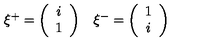
\begin{array} { c c } { \xi ^ { + } = \left( \begin{array} { c } { i } \\ { 1 } \\ \end{array} \right) } & { \xi ^ { - } = \left( \begin{array} { c } { 1 } \\ { i } \\ \end{array} \right) } \\ \end{array}